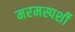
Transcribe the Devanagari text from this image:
मरमस्पर्शी